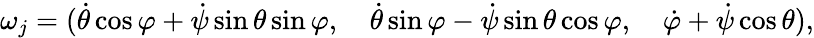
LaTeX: \begin{array}{r}{\omega_{j}=(\dot{\theta}\cos\varphi+\dot{\psi}\sin\theta\sin\varphi,\quad\dot{\theta}\sin\varphi-\dot{\psi}\sin\theta\cos\varphi,\quad\dot{\varphi}+\dot{\psi}\cos\theta),}\end{array}